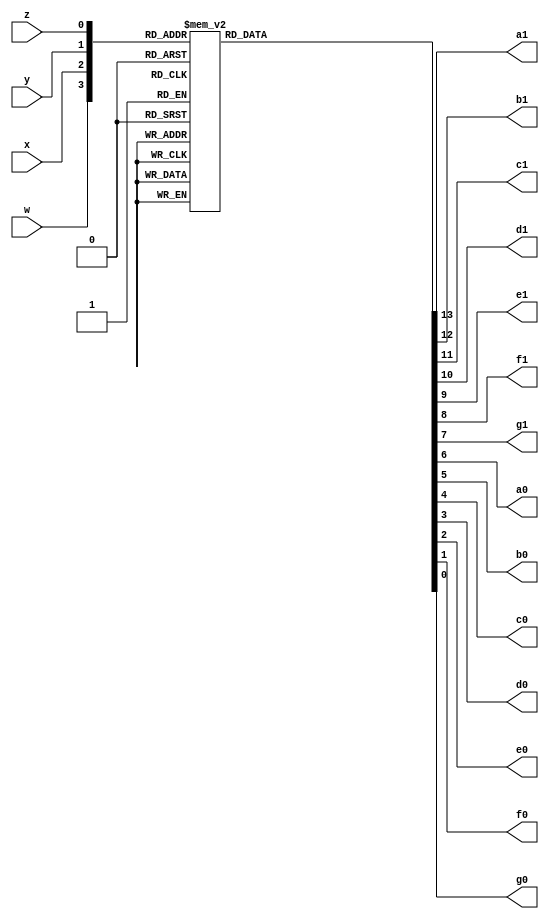
module twoComp (
	input w,x,y,z,
	output reg a1, b1, c1, d1, e1, f1, g1, a0, b0, c0, d0, e0, f0, g0);
	always @ (w,x,y,z) begin
		case({w,x,y,z})
			4'b0000: {a1, b1, c1, d1, e1, f1, g1, a0, b0, c0, d0, e0, f0, g0} = 14'b11111110000001; //0 
			4'b0001: {a1, b1, c1, d1, e1, f1, g1, a0, b0, c0, d0, e0, f0, g0} = 14'b11111111001111;
			4'b0010: {a1, b1, c1, d1, e1, f1, g1, a0, b0, c0, d0, e0, f0, g0} = 14'b11111110010010; //2
			4'b0011: {a1, b1, c1, d1, e1, f1, g1, a0, b0, c0, d0, e0, f0, g0} = 14'b11111110000110;
			4'b0100: {a1, b1, c1, d1, e1, f1, g1, a0, b0, c0, d0, e0, f0, g0} = 14'b11111111001100; //4
			4'b0101: {a1, b1, c1, d1, e1, f1, g1, a0, b0, c0, d0, e0, f0, g0} = 14'b11111110100100; 
			4'b0110: {a1, b1, c1, d1, e1, f1, g1, a0, b0, c0, d0, e0, f0, g0} = 14'b11111110100000; //6
			4'b0111: {a1, b1, c1, d1, e1, f1, g1, a0, b0, c0, d0, e0, f0, g0} = 14'b11111110001111; 
			4'b1000: {a1, b1, c1, d1, e1, f1, g1, a0, b0, c0, d0, e0, f0, g0} = 14'b11111100000000; //8
			4'b1001: {a1, b1, c1, d1, e1, f1, g1, a0, b0, c0, d0, e0, f0, g0} = 14'b11111100001111; 
			4'b1010: {a1, b1, c1, d1, e1, f1, g1, a0, b0, c0, d0, e0, f0, g0} = 14'b11111100100000; //10
			4'b1011: {a1, b1, c1, d1, e1, f1, g1, a0, b0, c0, d0, e0, f0, g0} = 14'b11111100100100; 
			4'b1100: {a1, b1, c1, d1, e1, f1, g1, a0, b0, c0, d0, e0, f0, g0} = 14'b11111101001100; //12
			4'b1101: {a1, b1, c1, d1, e1, f1, g1, a0, b0, c0, d0, e0, f0, g0} = 14'b11111100000110; 
			4'b1110: {a1, b1, c1, d1, e1, f1, g1, a0, b0, c0, d0, e0, f0, g0} = 14'b11111100010010; //14
			4'b1111: {a1, b1, c1, d1, e1, f1, g1, a0, b0, c0, d0, e0, f0, g0} = 14'b11111101001111;
		endcase
	end
endmodule